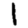
Digit: 1